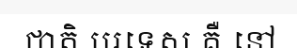
ជាតិ បរទេស គឺ នៅ